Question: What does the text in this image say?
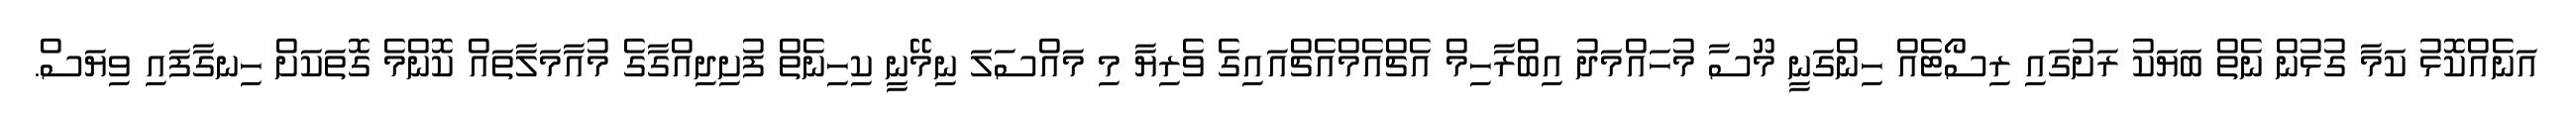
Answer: އަނެއްކޮޅު ކަމާ ގުޅުން ނެތް ބަޔަކު ރަށުގައި ރިސޯޓެއް ހިންގަނީ މޫސާ މުހައްމަދު އިބްރާހިމް އެޗްއެމްއެޗްއައިގެ ވެރިޔާ މި މައްސަލަ ނިމޭނީ ކިހިނެތް ފުށިދިއްގާގެ މުއާމަލާތައް ކޮންމެ ގޮތަކަށް ހިނގާފައި ވިޔަސް.